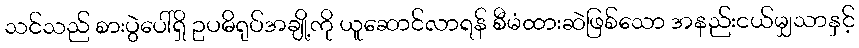
သင်သည် စားပွဲပေါ်ရှိ ဥပဓိရုပ်အချို့ကို ယူဆောင်လာရန် စီမံထားဆဲဖြစ်သော အနည်းငယ်မျှသာနှင့်